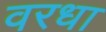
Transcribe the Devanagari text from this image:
वरधा